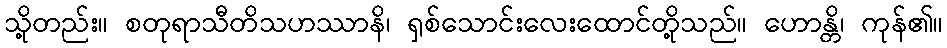
သို့တည်း။ စတုရာသီတိသဟဿာနိ၊ ရှစ်သောင်းလေးထောင်တို့သည်။ ဟောန္တိ၊ ကုန်၏။